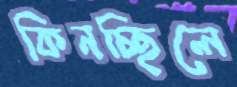
কিনচ্ছিলে